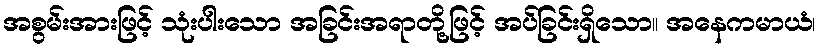
အစွမ်းအားဖြင့် သုံးပါးသော အခြင်းအရာတို့ဖြင့် အပ်ခြင်းရှိသော။ အနေကမာယံ၊